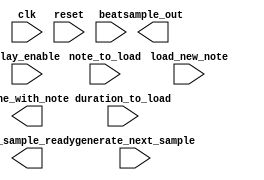
module note_player(
    input clk,
    input reset,
    input play_enable,  // When high we play, when low we don't.
    input [5:0] note_to_load,  // The note to play
    input [5:0] duration_to_load,  // The duration of the note to play
    input load_new_note,  // Tells us when we have a new note to load
    output done_with_note,  // When we are done with the note this stays high.
    input beat,  // This is our 1/48th second beat
    input generate_next_sample,  // Tells us when the codec wants a new sample
    output [15:0] sample_out,  // Our sample output
    output new_sample_ready  // Tells the codec when we've got a sample
);

    // Implementation goes here!

endmodule